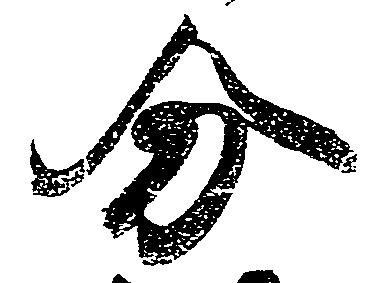
分